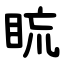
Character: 䀮